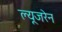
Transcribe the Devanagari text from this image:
ल्यूजरेन